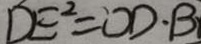
D E ^ { 2 } = O D \cdot B